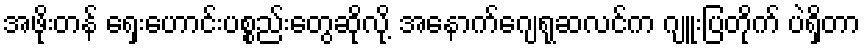
အဖိုးတန် ရှေးဟောင်းပစ္စည်းတွေဆိုလို့ အနောက်ဂျေရုဆလင်က ဂျူးပြတိုက် ပဲရှိတာ